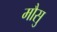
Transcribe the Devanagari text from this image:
मौसु